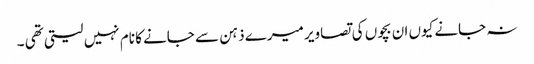
نہ جانے کیوں ان بچوں کی تصاویر میرے ذہن سے جانے کا نام نہیں لیتی تھی ۔